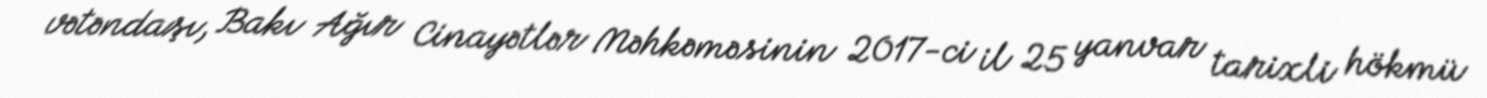
vətəndaşı, Bakı Ağır Cinayətlər Məhkəməsinin 2017-ci il 25 yanvar tarixli hökmü